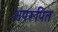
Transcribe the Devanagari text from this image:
अपरूपित